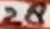
Text: 28